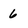
Character: 6